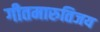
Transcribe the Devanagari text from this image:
गीतमारुतिजय